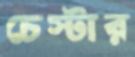
চেস্টার